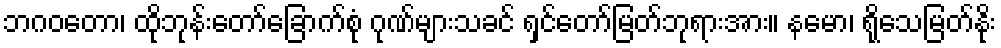
ဘဂဝတော၊ ထိုဘုန်းတော်ခြောက်စုံ ဂုဏ်များသခင် ရှင်တော်မြတ်ဘုရားအား။ နမော၊ ရိုသေမြတ်နိုး